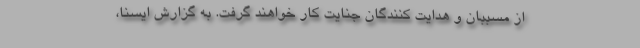
از مسببان و هدایت کنندگان جنایت کار خواهند گرفت. به گزارش ایسنا،